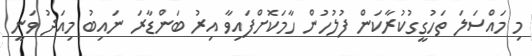
މި މައްސަލަ ތަހުގީގުކުރާކަން ފުލުހުން ހާމަކޮށްފައިވާ އިރު ބަންޑާރަ ނައިބު މިއަދު ވަނީ